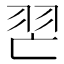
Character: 𦐀